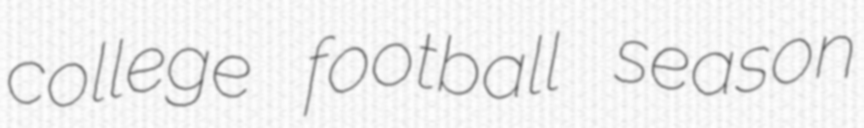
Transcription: college football season